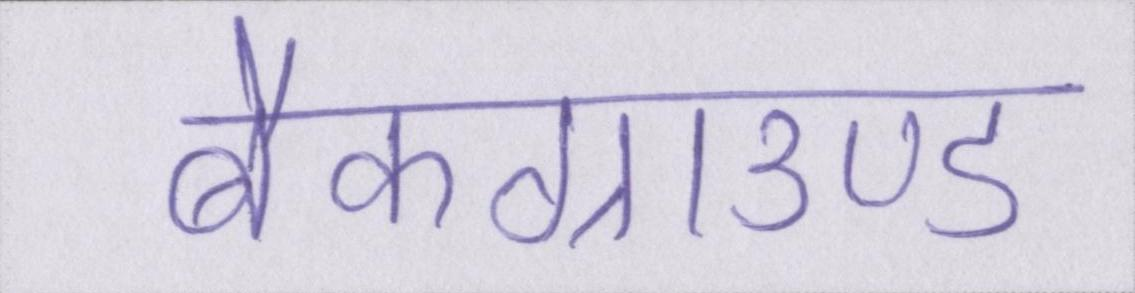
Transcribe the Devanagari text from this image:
बैकग्राउण्ड